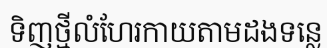
ទិញថ្មីលំហែរកាយតាមដងទន្លេ